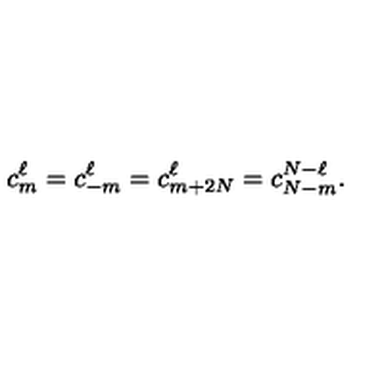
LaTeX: c _ { m } ^ { \ell } = c _ { - m } ^ { \ell } = c _ { m + 2 N } ^ { \ell } = c _ { N - m } ^ { N - \ell } .